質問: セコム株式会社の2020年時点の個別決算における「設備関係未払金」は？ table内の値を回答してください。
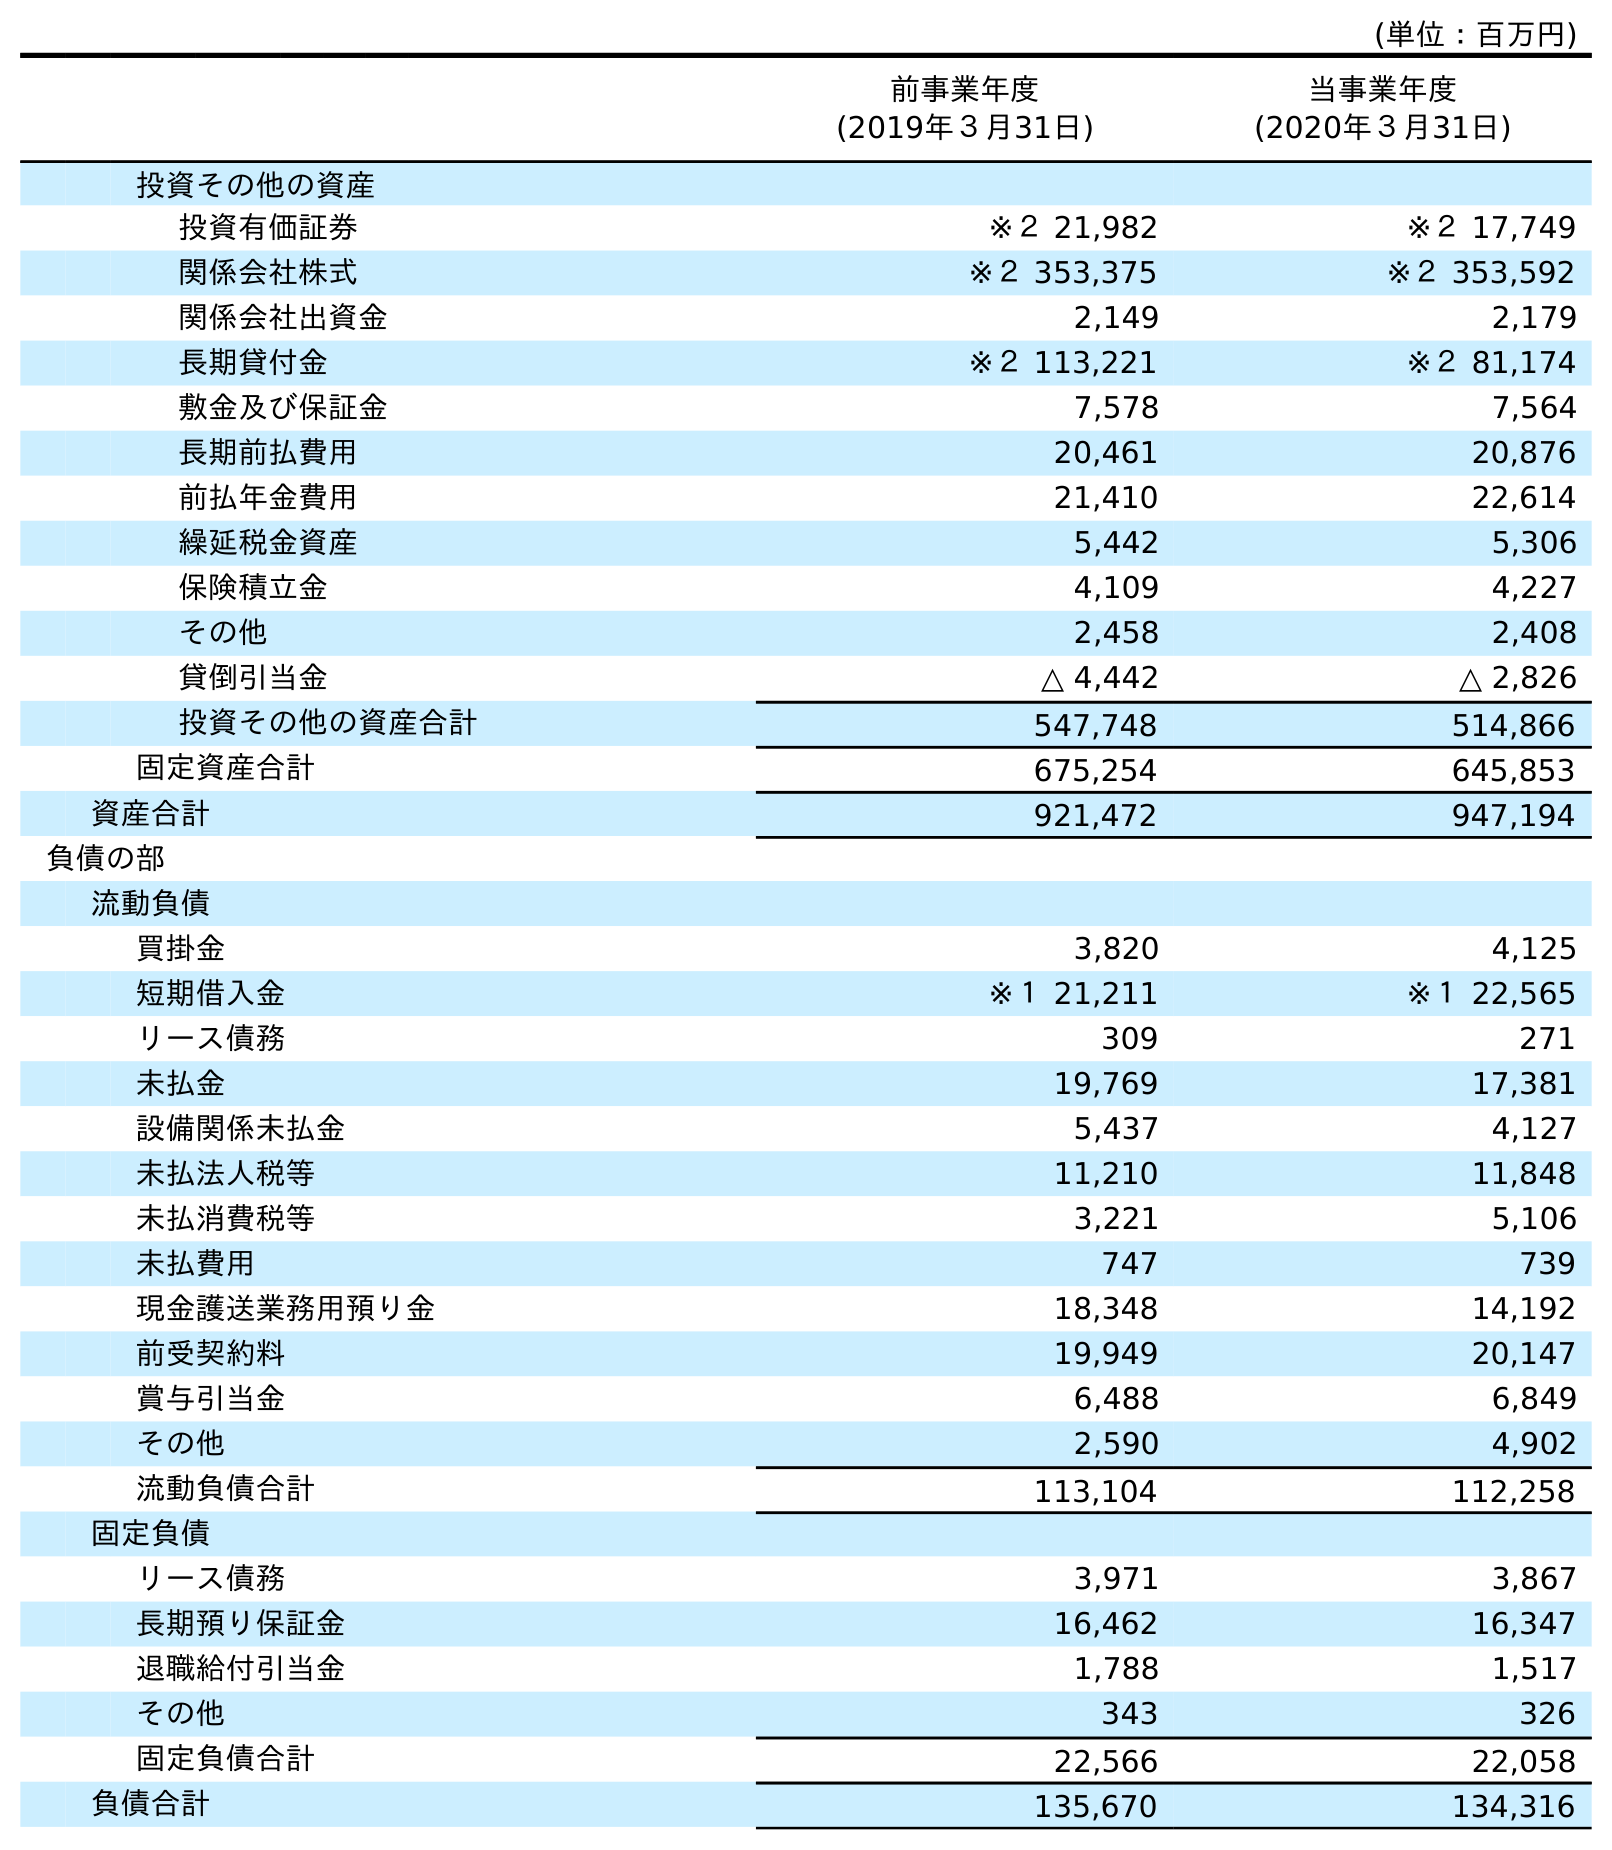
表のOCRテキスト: (単位：百万円) 前事業年度 (2019年３月31日) 当事業年度 (2020年３月31日) 投資その他の資産 投資有価証券 ※２ 21,982 ※２ 17,749 関係会社株式 ※２ 353,375 ※２ 353,592 関係会社出資金 2,149 2,179 長期貸付金 ※２ 113,221 ※２ 81,174 敷金及び保証金 7,578 7,564 長期前払費用 20,461 20,876 前払年金費用 21,410 22,614 繰延税金資産 5,442 5,306 保険積立金 4,109 4,227 その他 2,458 2,408 貸倒引当金 △ 4,442 △ 2,826 投資その他の資産合計 547,748 514,866 固定資産合計 675,254 645,853 資産合計 921,472 947,194 負債の部 流動負債 買掛金 3,820 4,125 短期借入金 ※１ 21,211 ※１ 22,565 リース債務 309 271 未払金 19,769 17,381 設備関係未払金 5,437 4,127 未払法人税等 11,210 11,848 未払消費税等 3,221 5,106 未払費用 747 739 現金護送業務用預り金 18,348 14,192 前受契約料 19,949 20,147 賞与引当金 6,488 6,849 その他 2,590 4,902 流動負債合計 113,104 112,258 固定負債 リース債務 3,971 3,867 長期預り保証金 16,462 16,347 退職給付引当金 1,788 1,517 その他 343 326 固定負債合計 22,566 22,058 負債合計 135,670 134,316
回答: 4,127